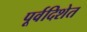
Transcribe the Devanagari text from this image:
पूर्वदिशेत